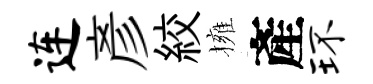
连彥絞擁產环